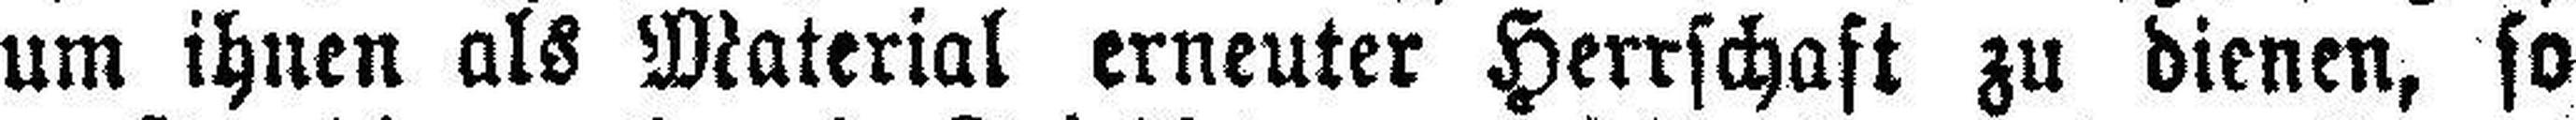
um ihnen als Material erneuter Herrschaft zu dienen, so